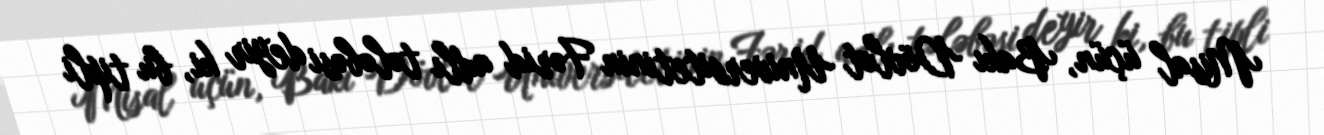
Misal üçün, Bakı Dövlət Universitetinin Fərid adlı tələbəsi deyir ki, bu tipli